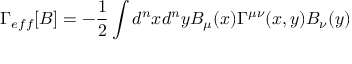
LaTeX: \Gamma _ { e f f } [ B ] = - \frac { 1 } { 2 } \int d ^ { n } x d ^ { n } y B _ { \mu } ( x ) \Gamma ^ { \mu \nu } ( x , y ) B _ { \nu } ( y )